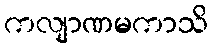
ကလျာဏမကာသိ